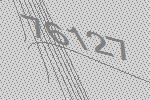
76127